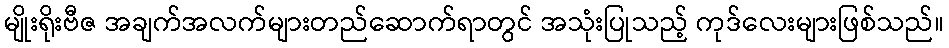
မျိုးရိုးဗီဇ အချက်အလက်များတည်ဆောက်ရာတွင် အသုံးပြုသည့် ကုဒ်လေးများဖြစ်သည်။